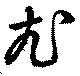
尤